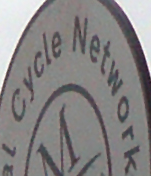
Cycle Network